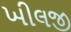
ખીલજી